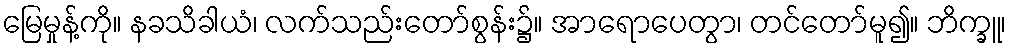
မြေမှုန့်ကို။ နခသိခါယံ၊ လက်သည်းတော်စွန်း၌။ အာရောပေတွာ၊ တင်တော်မူ၍။ ဘိက္ခူ၊